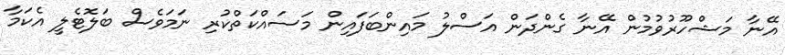
އޭނާ މަޝްހޫރުވުމުން އޭނާ ގެންދަން އަސްލު މައިންބަފައިން މަސައްކަތްކުރި ނަމަވެސް ބަލޮޓެލީ އެކަމާ